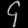
Digit: ၄